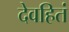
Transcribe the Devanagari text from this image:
देवहितं